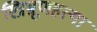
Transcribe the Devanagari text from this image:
स्त्रिभ्रूणहत्या